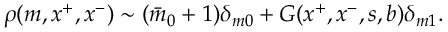
\rho ( m , x ^ { + } , x ^ { - } ) \sim ( \bar { m } _ { 0 } + 1 ) \delta _ { m 0 } + G ( x ^ { + } , x ^ { - } , s , b ) \delta _ { m 1 } .